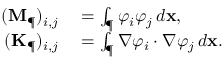
\begin{array} { r l } { ( \mathbf { M } _ { \P } ) _ { i , j } } & { { } = \int _ { \P } \varphi _ { i } \varphi _ { j } \, d \mathbf { x } , } \\ { \ ( \mathbf { K } _ { \P } ) _ { i , j } } & { { } = \int _ { \P } \nabla \varphi _ { i } \cdot \nabla \varphi _ { j } \, d \mathbf { x } . } \end{array}